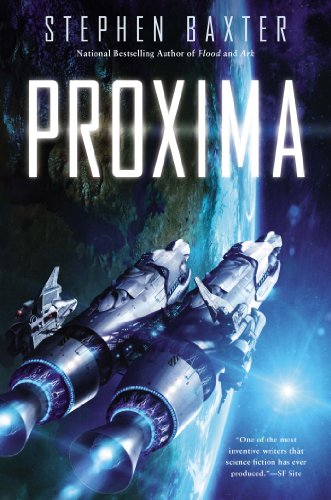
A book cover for Proxima; Stephen Baxter; Science Fiction & Fantasy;